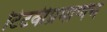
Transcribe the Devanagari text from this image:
टिटवीप्रमाणेच